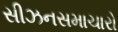
સીઝનસમાચારો